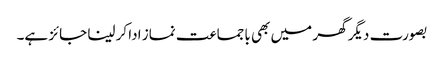
بصورت دیگر گھر میں بھی باجماعت نماز ادا کر لینا جائز ہے۔